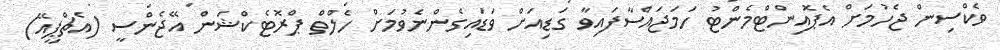
ވެކްސިން ޖެހުމަށް އެޕޮއިންޓްމެންޓު ހަމަޖައްސާފައިވާ ގަޑިއަށް ވަޑައިގެންނެވުމަށް ހެލްތް ޕްރޮޓެކްޝަން އޭޖެންސީ (އެޗްޕީއޭ)